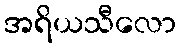
အရိယသီလော